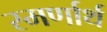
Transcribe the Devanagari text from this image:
स्मर्णार्थ